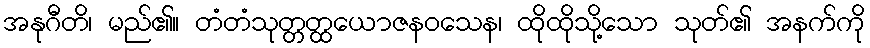
အနုဂီတိ၊ မည်၏။ တံတံသုတ္တတ္ထယောဇနဝသေန၊ ထိုထိုသို့သော သုတ်၏ အနက်ကို